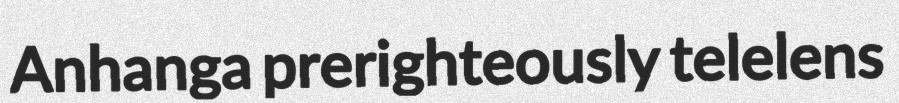
Anhanga prerighteously telelens